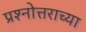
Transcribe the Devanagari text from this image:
प्रश्नोत्तराच्या